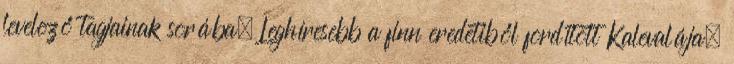
levelező tagjainak sorába. Leghíresebb a finn eredetiből fordított Kalevalája.